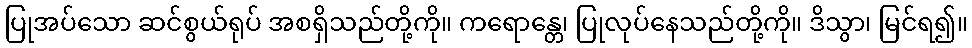
ပြုအပ်သော ဆင်စွယ်ရုပ် အစရှိသည်တို့ကို။ ကရောန္တေ၊ ပြုလုပ်နေသည်တို့ကို။ ဒိသွာ၊ မြင်ရ၍။